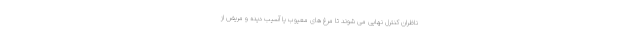
ناظران کنترل نهایی می شوند تا مرغ های معیوب یا آسیب دیده و مریض از